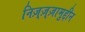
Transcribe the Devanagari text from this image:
निज़्ज़्ज़ामुद्दीन